Report on the working of the Ranchi Indian Mental Hospital, Kanke, in Bihar and Orissa - 1930-1940
Year: 1930
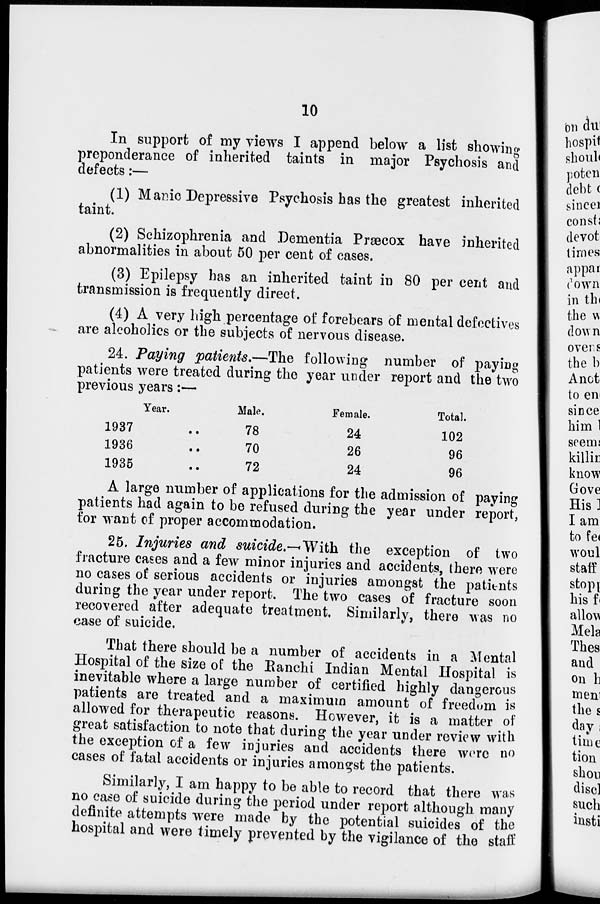
10
In support of my views I append below a list showing
preponderance of inherited taints in major Psychosis and
defects:—
(1) Manic Depressive Psychosis has the greatest inherited
taint.
(2) Schizophrenia and Dementia Præcox have inherited
abnormalities in about 50 per cent of cases.
(3) Epilepsy has an inherited taint in 80 per cent and
transmission is frequently direct.
(4) A very high percentage of forebears of mental defectives
are alcoholics or the subjects of nervous disease.
24. Paying patients.—The following number of paying
patients were treated during the year under report and the two
previous years:—
Year.
1937 ..
1936 ..
1935 ..
Male.
78
70
72
Female.
24
26
24
Total.
102
96
96
A large number of applications for the admission of paying
patients had again to be refused during the year under report,
for want of proper accommodation.
25. Injuries and suicide.—With the exception of two
fracture cases and a few minor injuries and accidents, there were
no cases of serious accidents or injuries amongst the patients
during the year under report. The two cases of fracture soon
recovered after adequate treatment. Similarly, there was no
case of suicide.
That there should be a number of accidents in a Mental
Hospital of the size of the Ranchi Indian Mental Hospital is
inevitable where a large number of certified highly dangerous
patients are treated and a maximum amount of freedom is
allowed for therapeutic reasons. However, it is a matter of
great satisfaction to note that during the year under review with
the exception of a few injuries and accidents there were no
cases of fatal accidents or injuries amongst the patients.
Similarly, I am happy to be able to record that there was
no case of suicide during the period under report although many
definite attempts were made by the potential suicides of the
hospital and were timely prevented by the vigilance of the staff